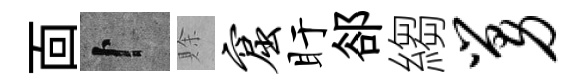
靣卜賖窟盱郤縐舅